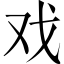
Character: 戏